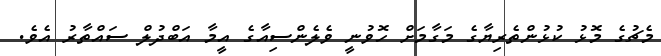
މެޗުގެ މޮޅު ކުޅުންތެރިޔާގެ މަގާމަށް ހޮވުނީ ވެލެންސިއާގެ އީމާ އަބްދުލް ސައްތާރު އެވެ.